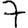
Digit: 7